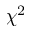
\chi ^ { 2 }